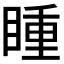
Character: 𭿍